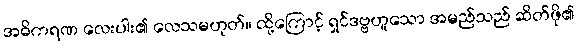
အဓိကရဏ လေးပါး၏ လေသမဟုတ်။ ထို့ကြောင့် ရှင်ဒဗ္ဗဟူသော အမည်သည် ဆိတ်ဖို၏